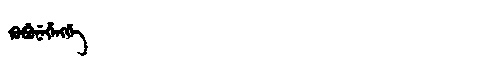
Manchu: ᡴᡠᠪᡠᠨᡝᡥᡝᠩᡤᡝ
Romanization: KUBUNEHENGGE